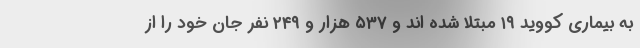
به بیماری کووید ۱۹ مبتلا شده اند و ۵۳۷ هزار و ۲۴۹ نفر جان خود را از